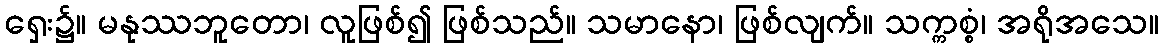
ရှေး၌။ မနုဿဘူတော၊ လူဖြစ်၍ ဖြစ်သည်။ သမာနော၊ ဖြစ်လျက်။ သက္ကစ္စံ၊ အရိုအသေ။